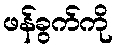
ဖန်ခွက်ကို